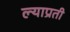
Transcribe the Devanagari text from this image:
ल्याप्रती